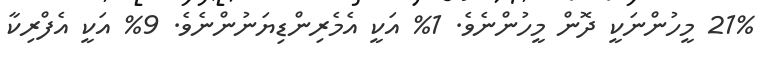
21% މީހުންނަކީ ދޮން މީހުންނެވެ. 1% އަކީ އެމެރިންޑިޔަނުންނެވެ. 9% އަކީ އެފްރިކާ